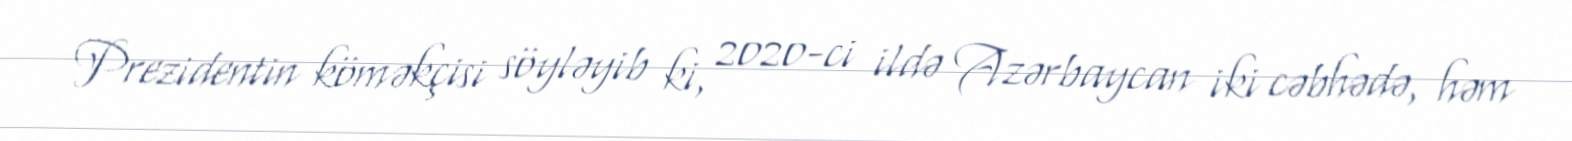
Prezidentin köməkçisi söyləyib ki, 2020-ci ildə Azərbaycan iki cəbhədə, həm